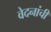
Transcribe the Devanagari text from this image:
वेदनांची